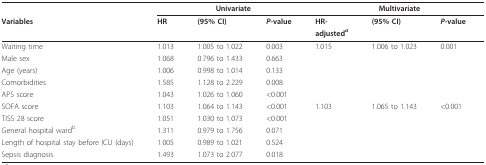
<table><thead><tr><td></td><td colspan="3"><b>Univariate</b></td><td colspan="3"><b>Multivariate</b></td></tr><tr><td><b>Variables</b></td><td><b>HR</b></td><td><b>(95% CI)</b></td><td><b><i>P</i>-value</b></td><td><b>HR-</b></td><td><b>(95% CI)</b></td><td><b><i>P</i>-value</b></td></tr><tr><td></td><td></td><td></td><td></td><td><b>adjusted<sup><i>a</i></sup></b></td><td></td><td></td></tr></thead><tbody><tr><td>Waiting time</td><td>1.013</td><td>1.005 to 1.022</td><td>0.003</td><td>1.015</td><td>1.006 to 1.023</td><td>0.001</td></tr><tr><td>Male sex</td><td>1.068</td><td>0.796 to 1.433</td><td>0.663</td><td></td><td></td><td></td></tr><tr><td>Age (years)</td><td>1.006</td><td>0.998 to 1.014</td><td>0.133</td><td></td><td></td><td></td></tr><tr><td>Comorbidities</td><td>1.585</td><td>1.128 to 2.229</td><td>0.008</td><td></td><td></td><td></td></tr><tr><td>APS score</td><td>1.043</td><td>1.026 to 1.060</td><td>&lt;0.001</td><td></td><td></td><td></td></tr><tr><td>SOFA score</td><td>1.103</td><td>1.064 to 1.143</td><td>&lt;0.001</td><td>1.103</td><td>1.065 to 1.143</td><td>&lt;0.001</td></tr><tr><td>TISS 28 score</td><td>1.051</td><td>1.030 to 1.073</td><td>&lt;0.001</td><td></td><td></td><td></td></tr><tr><td>General hospital ward<sup>b</sup></td><td>1.311</td><td>0.979 to 1.756</td><td>0.071</td><td></td><td></td><td></td></tr><tr><td>Length of hospital stay before ICU (days)</td><td>1.005</td><td>0.989 to 1.021</td><td>0.524</td><td></td><td></td><td></td></tr><tr><td>Sepsis diagnosis</td><td>1.493</td><td>1.073 to 2.077</td><td>0.018</td><td></td><td></td><td></td></tr></tbody></table>